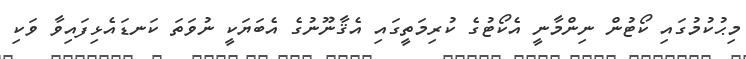
މިޙުކުމުގައި ކޯޓުން ނިންމާނީ އެކޯޓުގެ ކުރިމަތީގައި އެޤާނޫނުގެ އެބަޔަކީ ނުވަތަ ކަނޑައެޅިފައިވާ ވަކި